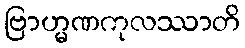
ဗြာဟ္မဏကုလဿာတိ